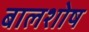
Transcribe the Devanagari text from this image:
बालशोष